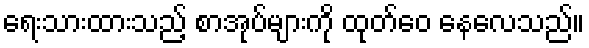
ရေးသားထားသည့် စာအုပ်များကို ထုတ်ဝေ နေလေသည်။